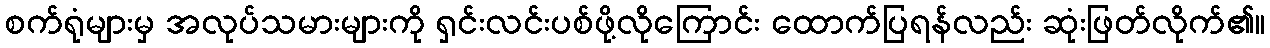
စက်ရုံများမှ အလုပ်သမားများကို ရှင်းလင်းပစ်ဖို့လိုကြောင်း ထောက်ပြရန်လည်း ဆုံးဖြတ်လိုက်၏။